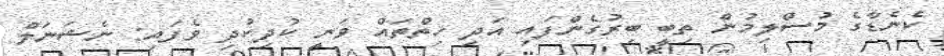
ކެނެޑާގެ މުސްލިމުން ތިބީ ބިރުގެންފައި އަދި ހިތްތައް ވަނީ ކުދިކުދި ވެފައި: ނެޝަނަލް